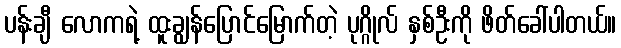
ပန်းချီ လောကရဲ့ ထူးချွန်ပြောင်မြောက်တဲ့ ပုဂ္ဂိုလ် နှစ်ဦးကို ဖိတ်ခေါ်ပါတယ်။